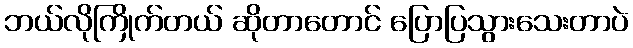
ဘယ်လိုကြိုက်တယ် ဆိုတာတောင် ပြောပြသွားသေးတာပဲ